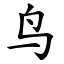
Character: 鸟